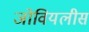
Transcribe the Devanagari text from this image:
जोवियलीस